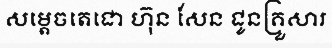
សម្តេចតេជោ ហ៊ុន សែន ជូនគ្រួសារ